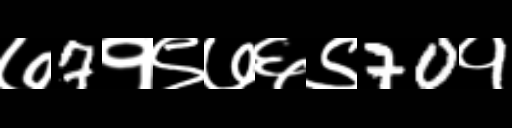
Text: ७7१९७६९70१